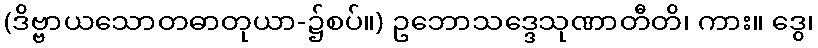
(ဒိဗ္ဗာယသောတဓာတုယာ-၌စပ်။) ဥဘောသဒ္ဒေသုဏာတီတိ၊ ကား။ ဒွေ၊